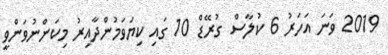
2019 ވަނަ އަހަރު 6 ކުލާސް ގުރޭޑް 10 ގައި ކިޔަވަމުންދާއިރު މިކަންނުވަންވީ